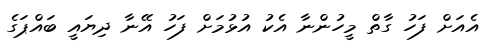
އެއަށް ފަހު ގާތް މީހުންނާ އެކު އުޅުމަށް ފަހު އޭނާ ދިޔައީ ބައްޕަގެ